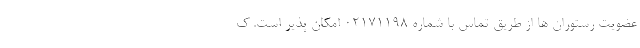
عضویت رستوران ها از طریق تماس با شماره 02171198 امکان پذیر است. ک